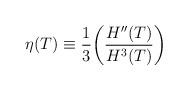
LaTeX: \begin{align*}\eta(T)\equiv\frac{1}{3}\bigg(\frac{H''(T)}{H^3(T)}\bigg)\end{align*}